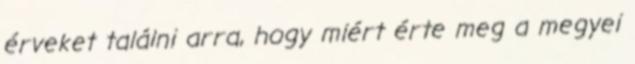
érveket találni arra, hogy miért érte meg a megyei